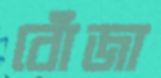
বোঁজা